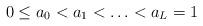
LaTeX: \begin{align*}0\leq a_0<a_1<\ldots<a_L=1\end{align*}